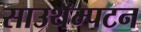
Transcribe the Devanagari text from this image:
साउथॅम्पटन